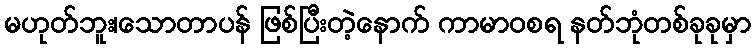
မဟုတ်ဘူး၊သောတာပန် ဖြစ်ပြီးတဲ့နောက် ကာမာဝစရ နတ်ဘုံတစ်ခုခုမှာ